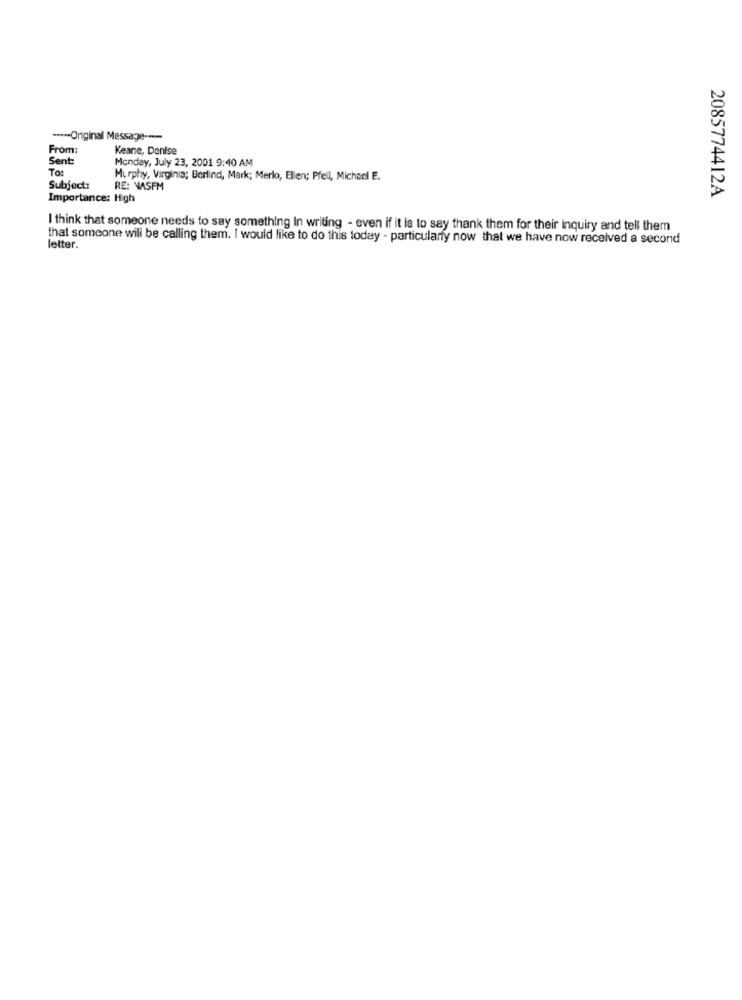
---- Original Message -----
From:
Keane, Denise
Sent
Monday, July 23, 2001 9:40 AM
To:
Murphy, Virginia; Berlind, Mark; Merlo, Ellen; Pfell, Michacl E.
Subject:
RE: WASFM
2085774412A
Importance: High
I think that someone needs to say something In writing - even if it is to say thank them for their Inquiry and tell them
that someone will be calling them. I would like to do this today - particularly now that we have now received a second
letter.